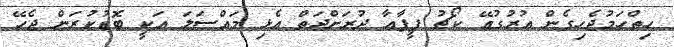
ހިތްހަމުޖެހިގެން އުރުގުއޭ ކޯޗު ފީފާއާ ދުރަށްދަތް އެޅި މައްސަލަ އަކީ ބޮޑުކުރަން ޖެހޭ